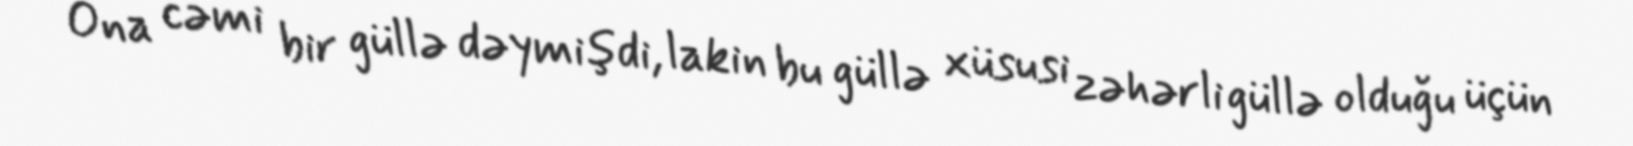
Ona cəmi bir güllə dəymişdi, lakin bu güllə xüsusi zəhərli güllə olduğu üçün